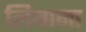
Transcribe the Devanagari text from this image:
लियाजा